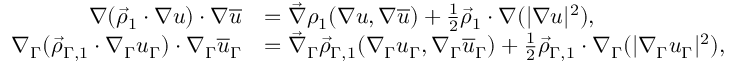
\begin{array} { r l } { \nabla ( \vec { \rho } _ { 1 } \cdot \nabla u ) \cdot \nabla \overline { { u } } } & { = \vec { \nabla } \rho _ { 1 } ( \nabla u , \nabla \overline { { u } } ) + \frac { 1 } { 2 } \vec { \rho } _ { 1 } \cdot \nabla ( | \nabla u | ^ { 2 } ) , } \\ { \nabla _ { \Gamma } ( \vec { \rho } _ { \Gamma , 1 } \cdot \nabla _ { \Gamma } u _ { \Gamma } ) \cdot \nabla _ { \Gamma } \overline { { u } } _ { \Gamma } } & { = \vec { \nabla } _ { \Gamma } \vec { \rho } _ { \Gamma , 1 } ( \nabla _ { \Gamma } u _ { \Gamma } , \nabla _ { \Gamma } \overline { { u } } _ { \Gamma } ) + \frac { 1 } { 2 } \vec { \rho } _ { \Gamma , 1 } \cdot \nabla _ { \Gamma } ( | \nabla _ { \Gamma } u _ { \Gamma } | ^ { 2 } ) , } \end{array}